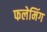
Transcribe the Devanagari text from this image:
फलेमिंग